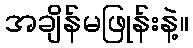
အချိန်မဖြုန်းနဲ့။